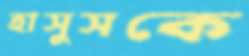
হাসুসকে